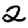
Digit: 2